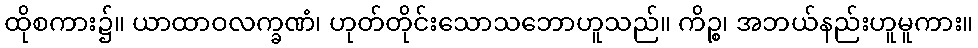
ထိုစကား၌။ ယာထာဝလက္ခဏံ၊ ဟုတ်တိုင်းသောသဘောဟူသည်။ ကိဉ္စ၊ အဘယ်နည်းဟူမူကား။